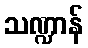
သဏ္ဍာန်